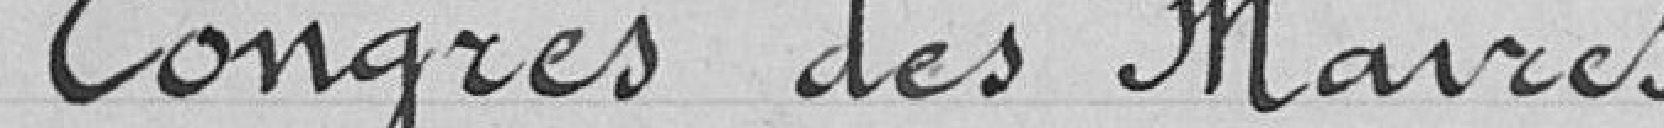
Congrès des Maires